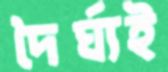
দৈর্ঘ্যই